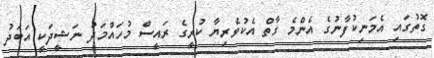
ގޮތުގައި އެމަނިކުފާނުގެ އެންމެ ގާތް އެކުވެރިޔާ ކުރީގެ ރައީސް މުހައްމަދު ނަޝީދަކީ އަބަދު